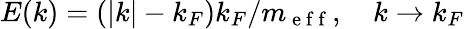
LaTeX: E(k)=(|k|-k_{F})k_{F}/m_{\mathrm{~e~f~f~}},\quad k\to k_{F}